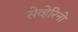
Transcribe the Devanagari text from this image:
सेव्हेरिनो